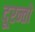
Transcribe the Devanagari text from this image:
दूरन्तो